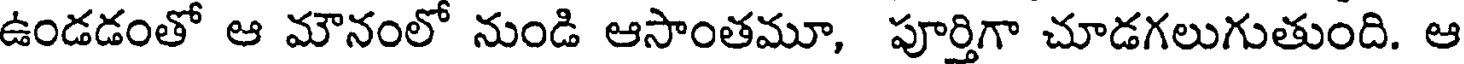
ఉండడంతో ఆ మౌనంలో నుండి ఆసాంతమూ, పూర్తిగా చూడగలుగుతుంది. ఆ